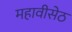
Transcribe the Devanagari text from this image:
महावीसेठ